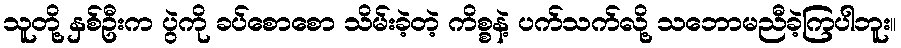
သူတို့ နှစ်ဦးက ပွဲကို ခပ်စောစော သိမ်းခဲ့တဲ့ ကိစ္စနဲ့ ပက်သက်လို့ သဘောမညီခဲ့ကြပါဘူး။